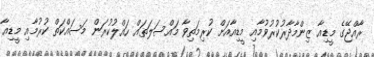
ރާއްޖޭގެ މީޑިއާ ޒިންމާދާރުކުރުވުމާއި މީޑިއާއަށް ކުރިމަތިވާ މައްސަލަތައް ހައްލުކުރަން މަސައްކަތް ކުރުމާއި މީޑިއާ